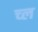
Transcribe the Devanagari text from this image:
च्ल